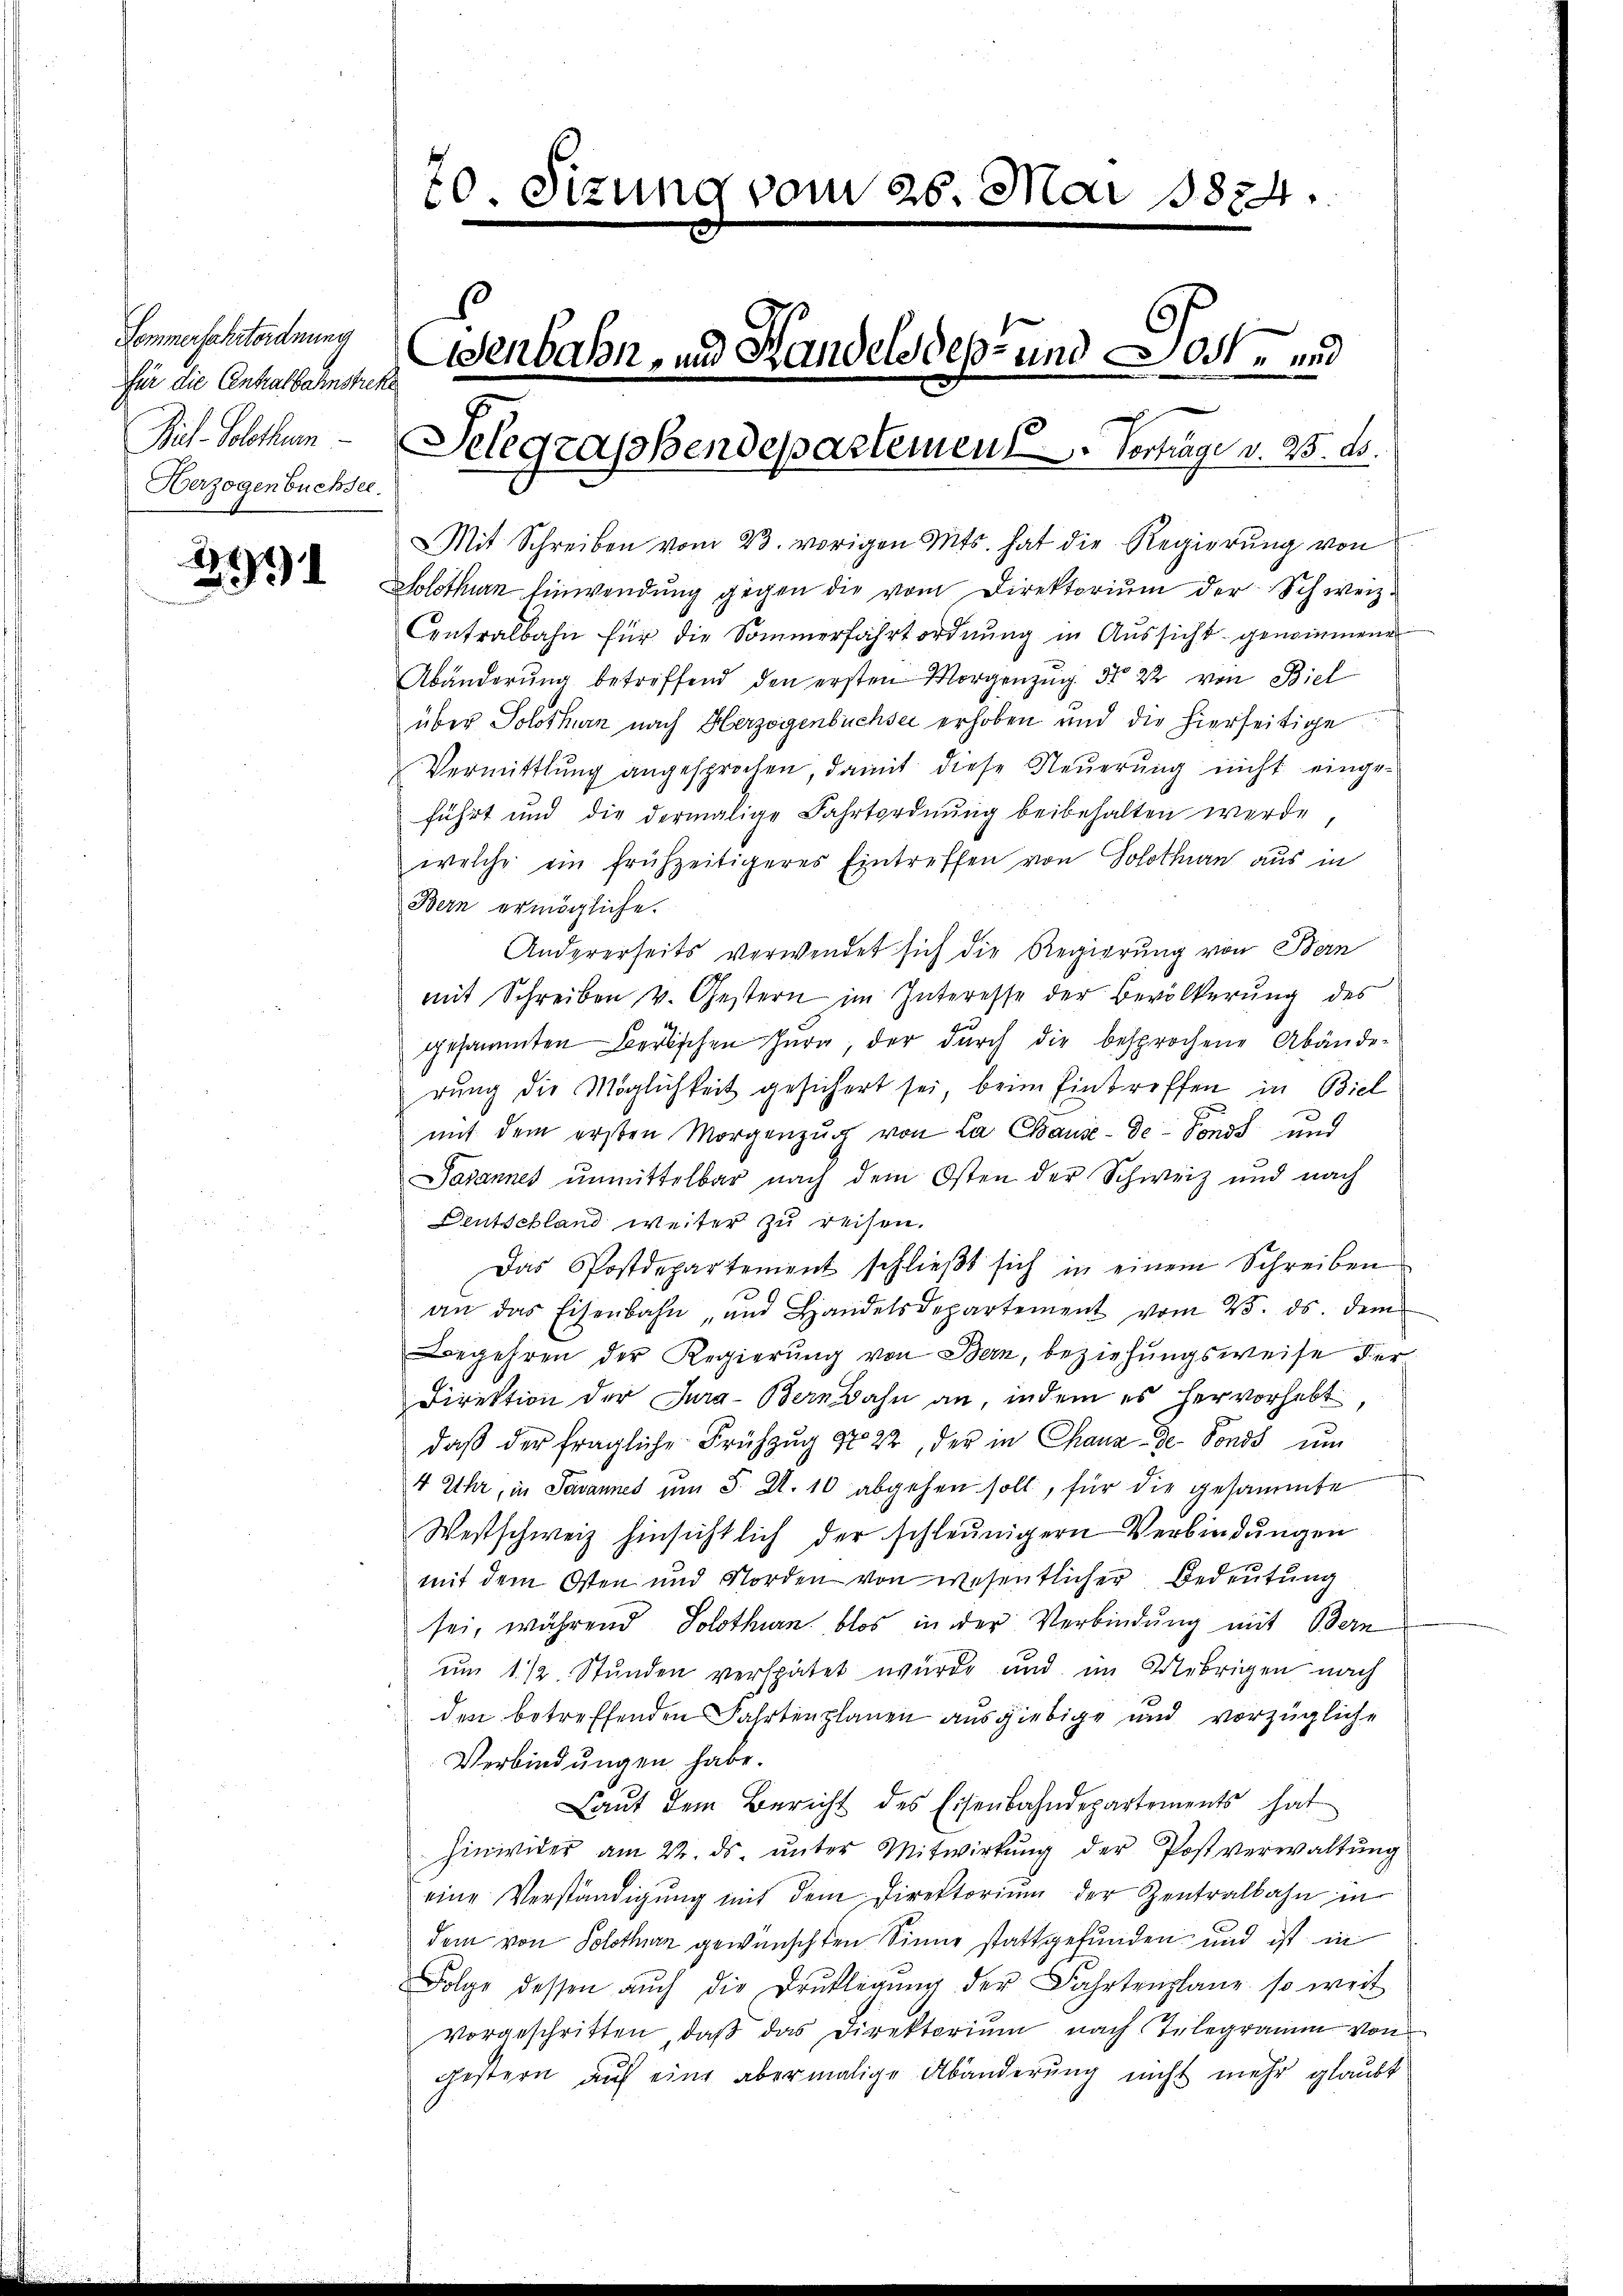
Semmerschrtordnung
für die Centralbahnstreke
Herzogenbuchser.

)
2

70. Sizung vom 26. Mai 18824.
Aenbahn- und Handels des und Jost- und
Mit Solothur - Selegrassbendepartemen Vertrage v. 25. ds.

Mit Schreiben vom 23. vorigen Mts. hat die Regierŭng von
Solothurn Einwendung gegen die vom Direktorium der Schweiz.
Contralbahn für die Sommerfahrtordnung in Aussicht genommene
Abänderŭng betreffend den ersten Morgenzŭg No 22 von Biel
über Solothurn nach Herzogenbüchsei erhoben und die hierseitige
Vermittlung angesprochen, damit diese Steuerung nicht eingeführt und die dermalige Fahrtordnung beibehalten werde
welche ein frühzeitigeres Eintreffen von Solothurn aus in
Bern ermögliche.
Andererheits verwendet sich die Regierung von Bern
mit Schreiben v. Gestern im Interesse der Bevölkerung des
gesammten Berlischen Jura, der dŭrch die besprochene Abände-
rung die Möglichkeit gesichert sei, beim Eintreffen in Biel
mit dem ersten Morgenzug von La Chause -de-Fonds und
asannes unmittelbar nach dem Osten der Schweiz und nach
Deutschland weiter zu reisen.
Das Postdepartement schlieβt sich in einem Schreiben
an das Eisenbahn, und Handelsdepartement vom 25. ds. dem
Begehren der Regierung von Bern, beziehungsweise der
Direktion der Jura-Bernbahn an, indem es hervorhebt,
daβ der fragliche Frühzŭg No 22, der in Chaux-de-Fonds ŭm
4 Uhr, in Savannes um 5. d. 10 abgehen soll, für die gesammte
Westschweiz hinsichtlich der schleunigern Verbindungen
mit dem Osten und Norden von wesentlicher Bedeutung
sei, während Solothurn blos in der Verbindung mit Bern
um 1 1/2 Stunden verspätet wurde und im Uebrigen nach
den betreffenden Fahrtenplanen ausgiebige und vorzügliche
Verbindungen habe.
Laut dem Bericht des Eisenbahndepartements hat
hinwider am 22. ds. ŭnter Mitwirkŭng der Postverwaltŭng
eine Verständigŭng mit dem Direktorium der Zentralbahn in
dem von Solothurn gewünschten Sinne stattgefunden und ist in
Folge dessen aŭch die Drŭklegŭng der Fahrtenplane so weit
vorgeschritten, daβ das Direktorium nach Telegramm von
gestern auf eine abermalige Abänderung nicht mehr glaubt